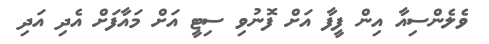
ވެލެންސިއާ އިން ފީފާ އަށް ފޮނުވި ސިޓީ އަށް މައާފަށް އެދި އަދި